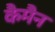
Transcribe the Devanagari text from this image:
कैमैन